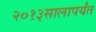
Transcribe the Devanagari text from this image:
२०१३सालापर्यंत